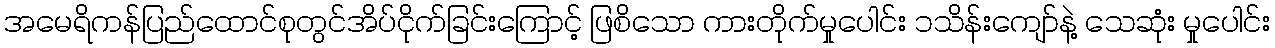
အမေရိကန်ပြည်ထောင်စုတွင်အိပ်ငိုက်ခြင်းကြောင့် ဖြစိသော ကားတိုက်မှုပေါင်း ၁သိန်းကျော်နဲ့ သေဆုံး မှုပေါင်း